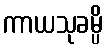
ကာယသုခမ္ပိ